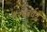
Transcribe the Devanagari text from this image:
गैरवबर्धन